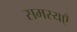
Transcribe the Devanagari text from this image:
समस्यएँ